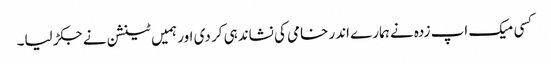
کسی میک اپ زدہ نے ہمارے اندر خامی کی نشاندہی کر دی اور ہمیں ٹینشن نے جکڑ لیا۔